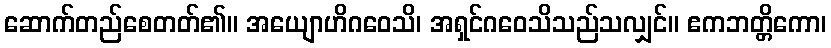
ဆောက်တည်စေတတ်၏။ အယျောဟိဂဝေသိ၊ အရှင်ဂဝေသိသည်သလျှင်။ ဧကဘတ္တိကော၊